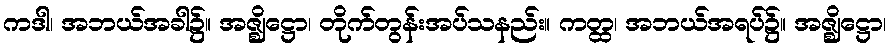
ကဒါ၊ အဘယ်အခါ၌။ အဇ္ဈိဋ္ဌော၊ တိုက်တွန်းအပ်သနည်း။ ကတ္ထ၊ အဘယ်အရပ်၌။ အဇ္ဈိဋ္ဌော၊